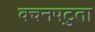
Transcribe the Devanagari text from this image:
वचनपटुता